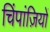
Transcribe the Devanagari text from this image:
चिंपांज़ियों